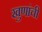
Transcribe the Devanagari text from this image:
खुणांची